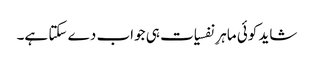
شاید کوئی ماہرِ نفسیات ہی جواب دے سکتا ہے۔